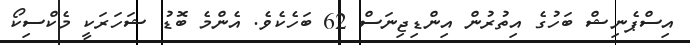
އިސްޕެނިޝް ބަހުގެ އިތުރުން އިންޑިޖިނަސް 62 ބަހެކެވެ. އެންމެ ބޮޑު ޝަހަރަކީ މެކްސިކޯ